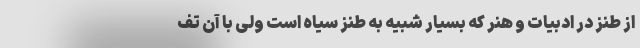
از طنز در ادبیات و هنر که بسیار شبیه به طنز سیاه است ولی با آن تف